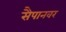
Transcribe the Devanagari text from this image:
सैपानवर